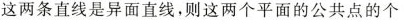
这两条直线是异面直线，则这两个平面的公共点的个